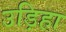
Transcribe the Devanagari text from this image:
उड़िहा